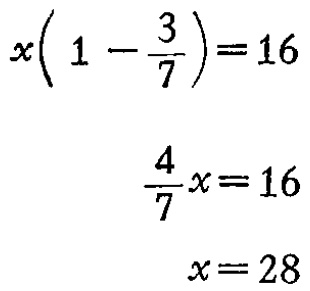
\[

\begin{align*}

x\left(1 - \frac{3}{7}\right)&=16\\

\frac{4}{7}x&=16\\

x&=28

\end{align*}

\]